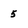
Character: 5